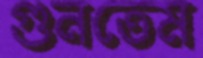
গুনতেম